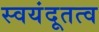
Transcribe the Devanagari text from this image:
स्वयंदूतत्व